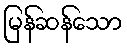
မြန်ဆန်သော